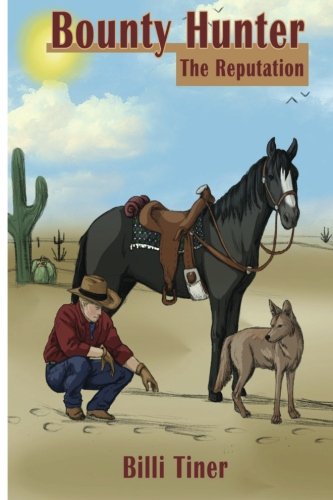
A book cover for Bounty Hunter: The Reputation; Billi Tiner; Teen & Young Adult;